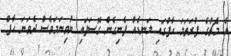
އެ މެޗުގެ ފުރަތަމަ ހާފްގައި ލަނޑެއް ފެނިގެން ގޮސަފައި ނުވިނަމަވެސް ދެވަނަ ހާފް